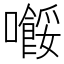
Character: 𡃲